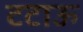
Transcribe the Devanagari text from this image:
टटाऊ